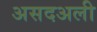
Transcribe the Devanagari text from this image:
असदअली